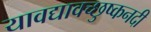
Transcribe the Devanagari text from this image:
यावद्यावच्छुष्कनदी